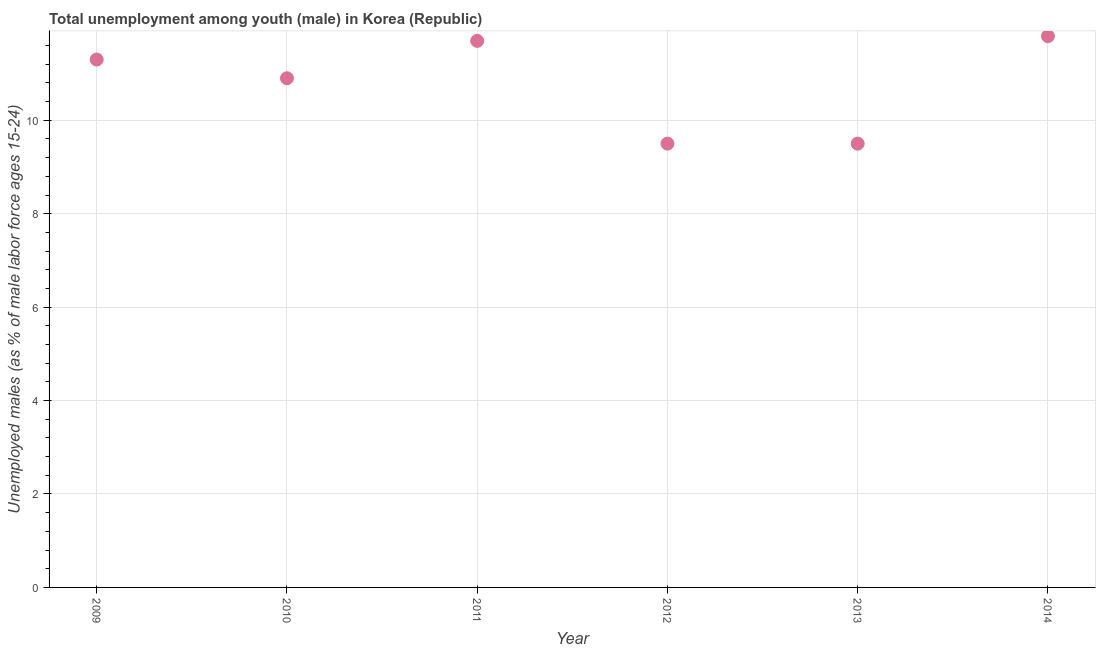
| Year | Unemployment |
 | --- | --- |
 | 2009 | 11.3 |
 | 2010 | 10.9 |
 | 2011 | 11.7 |
 | 2012 | 9.5 |
 | 2013 | 9.5 |
 | 2014 | 11.8 |